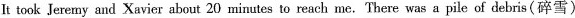
It took Jeremy and Xavier about 20 minutes to reach me.There was a pile of debris(碎雪)